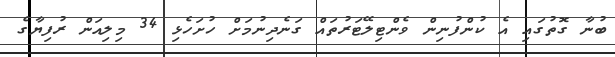
ބުނާ ގޮތުގައި އެ ކުންފުނިން ވެންޓިލޭޓަރުތައް ގަނެދިނުމަށް ހުށަހެޅި 34 މިލިއަން ރުފިޔާގެ